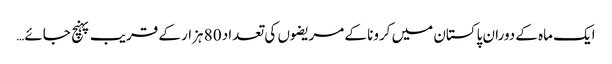
ایک ماہ کے دوران پاکستان میں کرونا کے مریضوں کی تعداد 80 ہزار کے قریب پہنچ جائے…